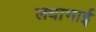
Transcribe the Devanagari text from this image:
लधाभाई